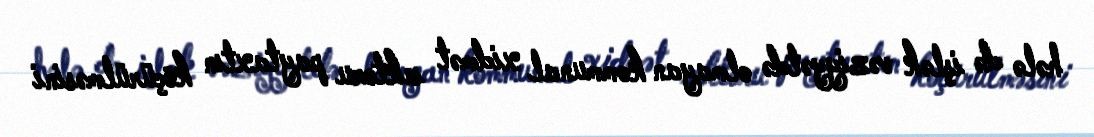
hələ də işlək vəziyyətdə olmayan kommunal xidmət sektoru paytaxtın köçürülməsini